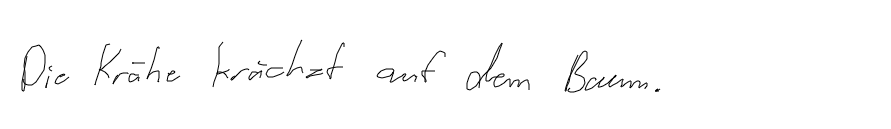
Die Krähe krächzt auf dem Baum.